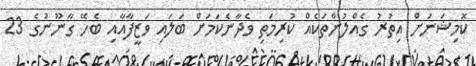
ކޮމިޝަނަށް އިތުރު ގެއްލުންތަކެއް ކުރިމަތި ވެދާނެކަމަށް ބަލައި ވަޒީފާއާއި ބެހޭ ގާނޫނުގެ 23